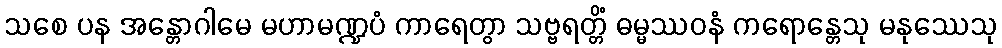
သစေ ပန အန္တောဂါမေ မဟာမဏ္ဍပံ ကာရေတွာ သဗ္ဗရတ္တိံ ဓမ္မဿဝနံ ကရောန္တေသု မနုဿေသု